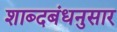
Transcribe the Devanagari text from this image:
शाब्दबंधनुसार